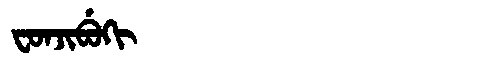
Manchu: ᠸᠣᠨᠵᡳᠪᡠᡴᡳ
Romanization: FONJIBUKI